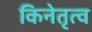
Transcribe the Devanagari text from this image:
किनेतृत्व